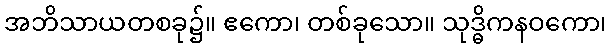
အဘိသာယတစခု၌။ ဧကော၊ တစ်ခုသော။ သုဒ္ဓိကနဝကော၊